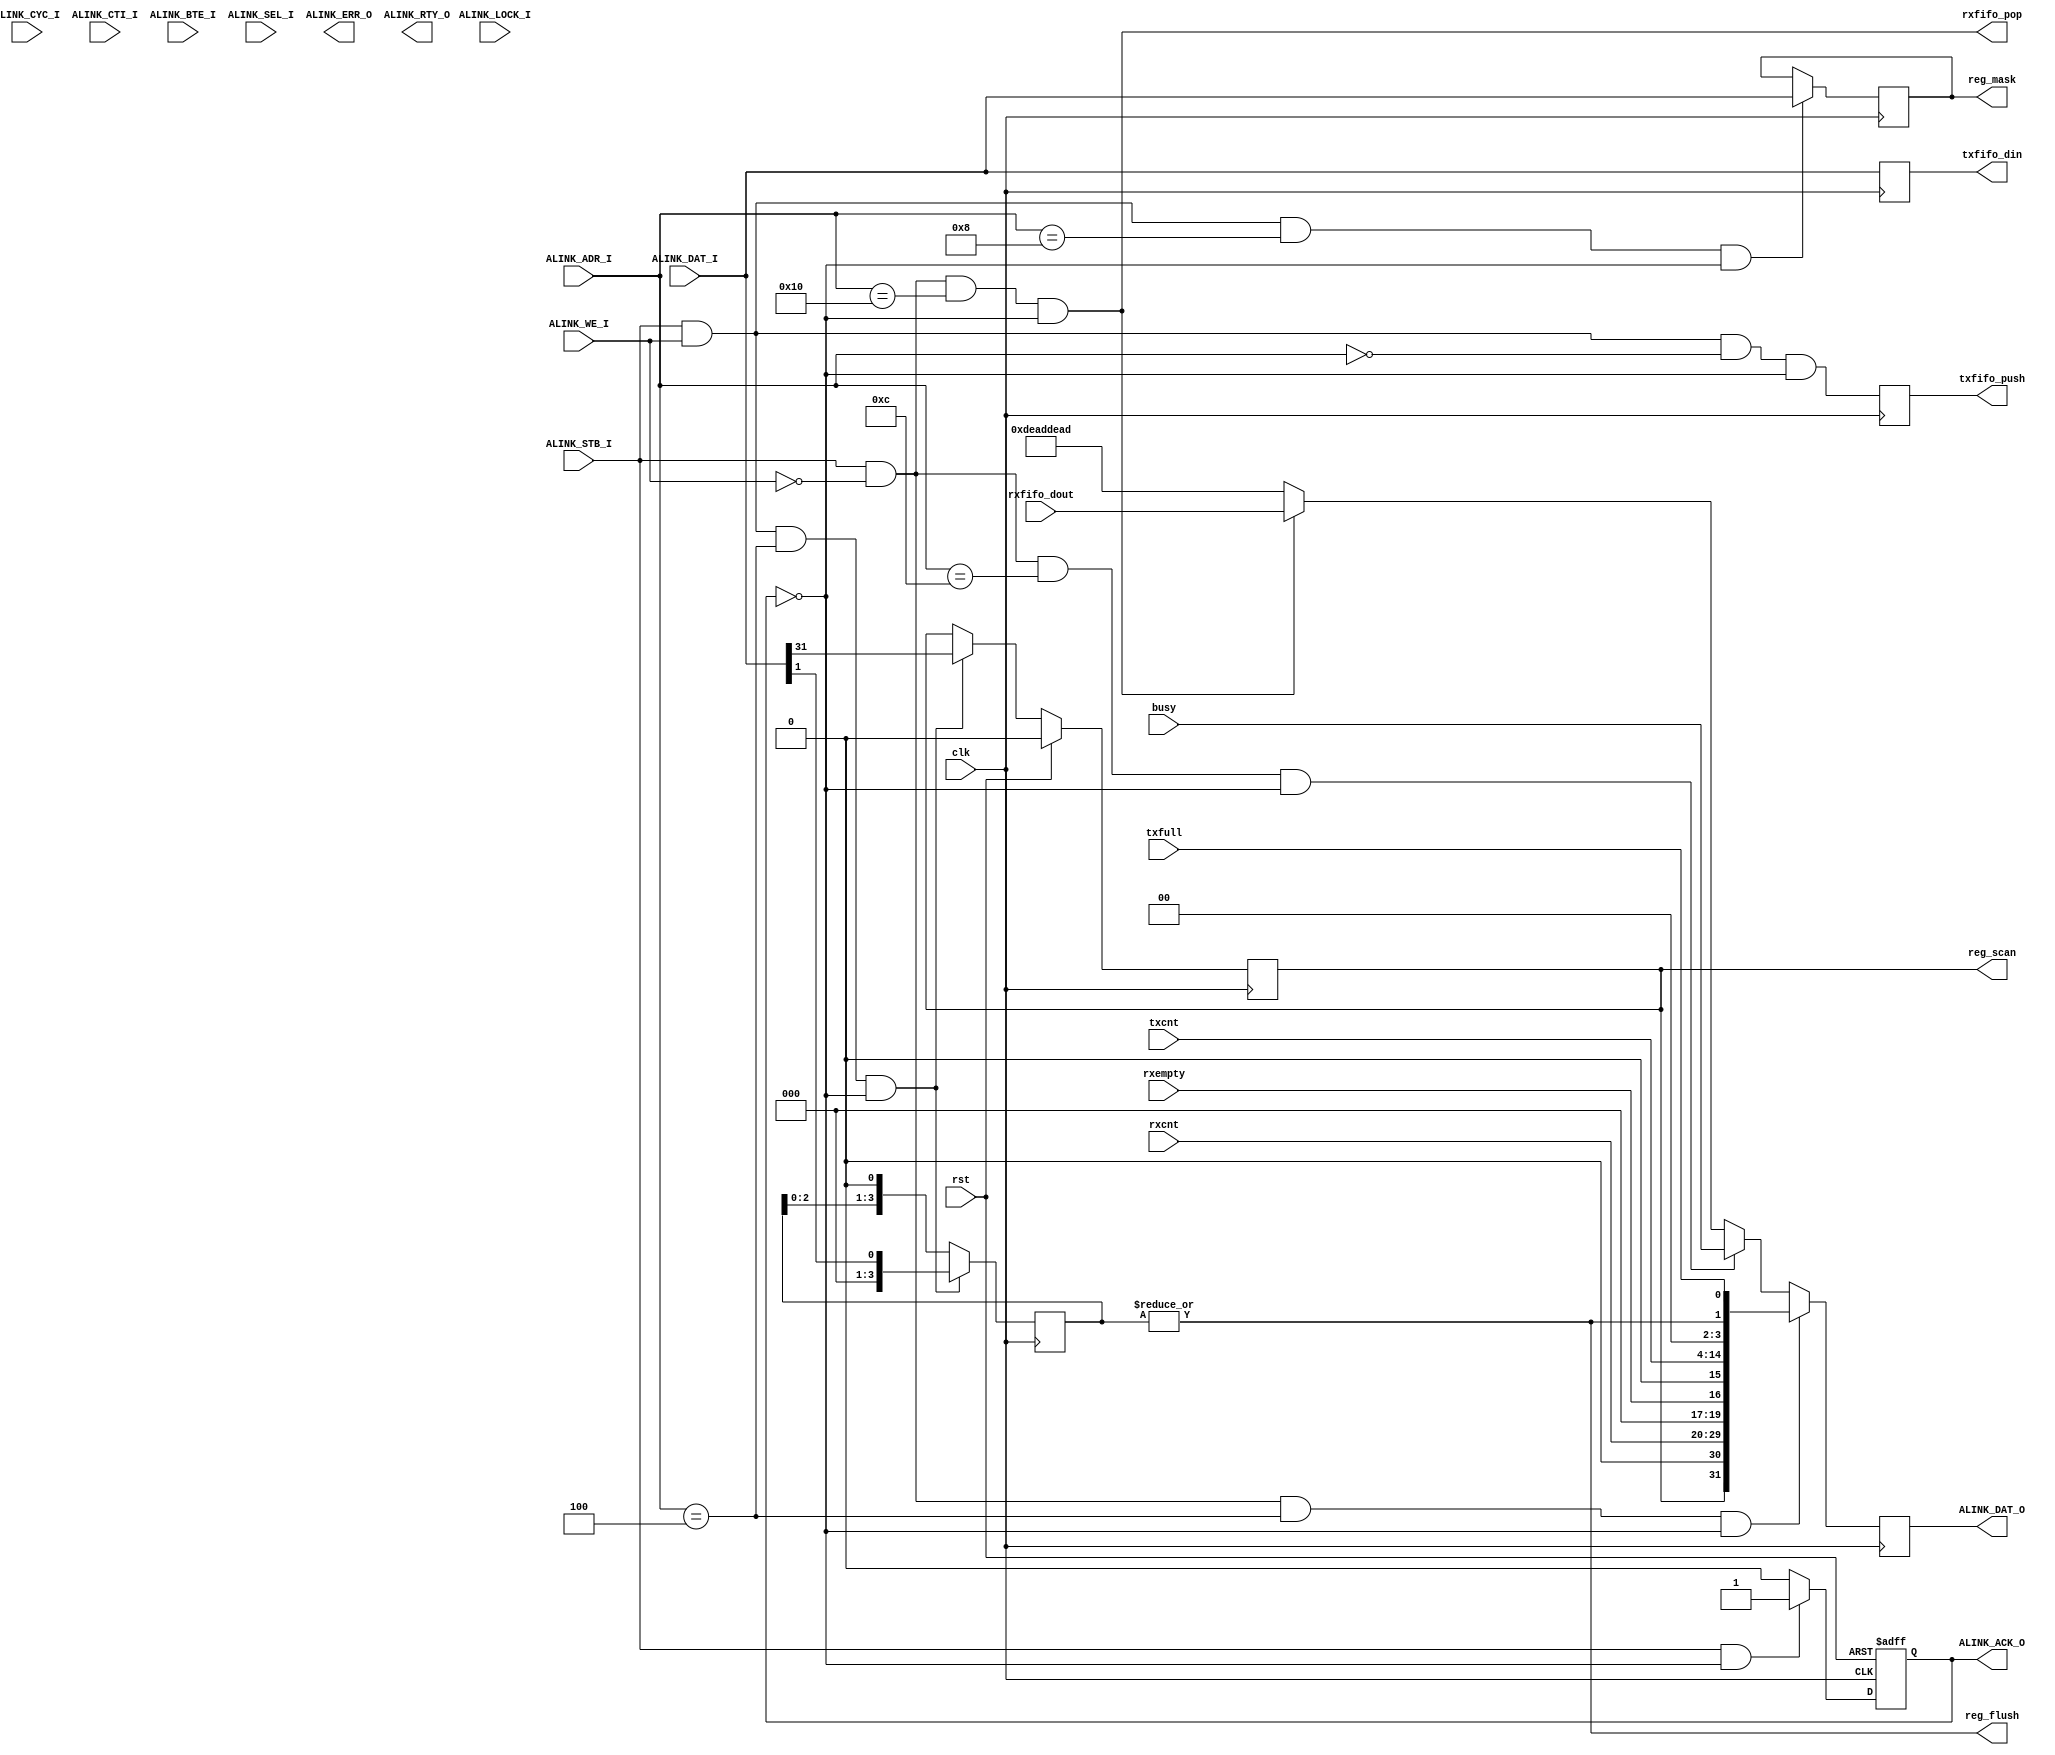
module alink_slave(
    // system clock and reset
    input                        clk         ,
    input                        rst         ,
    
    // wishbone interface signals
    input                        ALINK_CYC_I ,//NC
    input                        ALINK_STB_I ,
    input                        ALINK_WE_I  ,
    input                        ALINK_LOCK_I,//NC
    input  [2:0]                 ALINK_CTI_I ,//NC
    input  [1:0]                 ALINK_BTE_I ,//NC
    input  [5:0]                 ALINK_ADR_I ,
    input  [31:0]                ALINK_DAT_I ,
    input  [3:0]                 ALINK_SEL_I ,//NC
    output reg                   ALINK_ACK_O ,
    output                       ALINK_ERR_O ,//const 0
    output                       ALINK_RTY_O ,//const 0
    output reg [31:0]            ALINK_DAT_O ,

    output reg                   txfifo_push ,
    output reg [31:0]            txfifo_din  ,

    input  [9:0]                 rxcnt       ,
    input                        rxempty     ,
    input  [10:0]                txcnt       ,
    output                       reg_flush   ,
    input                        txfull      ,

    output reg [31:0]            reg_mask    ,
    output reg                   reg_scan    ,
    input  [31:0]                busy        ,

    output                       rxfifo_pop  ,
    input  [31:0]                rxfifo_dout   
);

parameter ALINK_TXFIFO  = 6'h00 ;
parameter ALINK_STATE   = 6'h04 ;
parameter ALINK_MASK    = 6'h08 ;
parameter ALINK_BUSY    = 6'h0c ;
parameter ALINK_RXFIFO  = 6'h10 ;

//-----------------------------------------------------
// WB bus ACK
//-----------------------------------------------------
always @ ( posedge clk or posedge rst ) begin
        if( rst )
                ALINK_ACK_O <= 1'b0 ;
        else if( ALINK_STB_I && (~ALINK_ACK_O) )
                ALINK_ACK_O <= 1'b1 ;
        else 
                ALINK_ACK_O <= 1'b0 ;
end


//-----------------------------------------------------
// ADDR MUX
//-----------------------------------------------------

wire alink_txfifo_wr_en = ALINK_STB_I & ALINK_WE_I  & ( ALINK_ADR_I == ALINK_TXFIFO ) & ~ALINK_ACK_O ;
wire alink_txfifo_rd_en = ALINK_STB_I & ~ALINK_WE_I & ( ALINK_ADR_I == ALINK_TXFIFO ) & ~ALINK_ACK_O ;

wire alink_state_wr_en = ALINK_STB_I & ALINK_WE_I  & ( ALINK_ADR_I == ALINK_STATE ) & ~ALINK_ACK_O ;
wire alink_state_rd_en = ALINK_STB_I & ~ALINK_WE_I & ( ALINK_ADR_I == ALINK_STATE ) & ~ALINK_ACK_O ;

wire alink_mask_wr_en = ALINK_STB_I & ALINK_WE_I  & ( ALINK_ADR_I == ALINK_MASK ) & ~ALINK_ACK_O ;
wire alink_mask_rd_en = ALINK_STB_I & ~ALINK_WE_I & ( ALINK_ADR_I == ALINK_MASK ) & ~ALINK_ACK_O ;

wire alink_busy_wr_en = ALINK_STB_I & ALINK_WE_I  & ( ALINK_ADR_I == ALINK_BUSY ) & ~ALINK_ACK_O ;
wire alink_busy_rd_en = ALINK_STB_I & ~ALINK_WE_I & ( ALINK_ADR_I == ALINK_BUSY ) & ~ALINK_ACK_O ;

wire alink_rxfifo_wr_en = ALINK_STB_I & ALINK_WE_I  & ( ALINK_ADR_I == ALINK_RXFIFO ) & ~ALINK_ACK_O ;
wire alink_rxfifo_rd_en = ALINK_STB_I & ~ALINK_WE_I & ( ALINK_ADR_I == ALINK_RXFIFO ) & ~ALINK_ACK_O ;


//-----------------------------------------------------
// Register.txfifo
//-----------------------------------------------------
always @ ( posedge clk ) begin
	txfifo_push <= alink_txfifo_wr_en ;
	txfifo_din  <= ALINK_DAT_I ;
end

//-----------------------------------------------------
// Register.state
//-----------------------------------------------------
reg [3:0] reg_flush_r ;
wire [31:0] rd_state = {reg_scan,1'b0,rxcnt[9:0],3'b0,rxempty,
			1'b0,txcnt[10:0],2'b0,reg_flush,txfull} ;

always @ ( posedge clk ) begin
	if( alink_state_wr_en )
		reg_flush_r <= {3'b0,ALINK_DAT_I[1]} ;
	else
		reg_flush_r <= reg_flush_r << 1 ;
end

always @ ( posedge clk ) begin
	if( rst )
		reg_scan <= 1'b0 ;
	else if( alink_state_wr_en )
		reg_scan <= ALINK_DAT_I[31] ;
end

assign reg_flush = |reg_flush_r ;

//-----------------------------------------------------
// Register.mask
//-----------------------------------------------------
always @ ( posedge clk ) begin
	if( alink_mask_wr_en )
		reg_mask <= ALINK_DAT_I ;
end

//-----------------------------------------------------
// Register.busy
//-----------------------------------------------------
wire [31:0] rd_busy = busy[31:0] ;

//-----------------------------------------------------
// Register.rxfifo
//-----------------------------------------------------
wire [31:0] rd_rxfifo = rxfifo_dout[31:0] ;

//-----------------------------------------------------
// WB read
//-----------------------------------------------------
assign rxfifo_pop = alink_rxfifo_rd_en ;

always @ ( posedge clk ) begin
	case( 1'b1 )
		alink_state_rd_en  : ALINK_DAT_O <= rd_state  ;
		alink_busy_rd_en   : ALINK_DAT_O <= rd_busy   ;
		alink_rxfifo_rd_en : ALINK_DAT_O <= rd_rxfifo ;
		default: ALINK_DAT_O <= 32'hdeaddead ; 
	endcase
end


endmodule